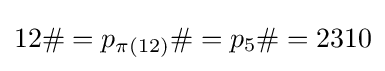
12\#=p_{\pi (12)}\#=p_{5}\#=2310